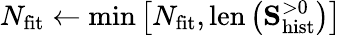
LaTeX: N_{\mathrm{fit}}\leftarrow\mathrm{min}\left[N_{\mathrm{fit}},\mathrm{len}\left(\mathbf{S}_{\mathrm{hist}}^{>0}\right)\right]